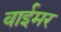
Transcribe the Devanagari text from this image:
वाईमर